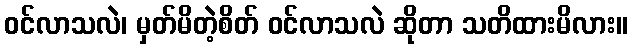
ဝင်လာသလဲ၊ မှတ်မိတဲ့စိတ် ဝင်လာသလဲ ဆိုတာ သတိထားမိလား။